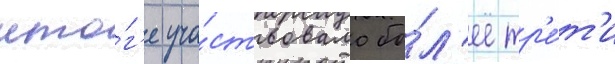
ито́г'е уча́ствовало бо́л'ее тр'е́т'и